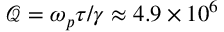
\mathcal { Q } = \omega _ { p } \tau / \gamma \approx 4 . 9 \times 1 0 ^ { 6 }